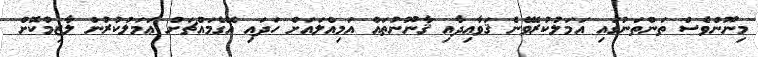
މިނޫންވެސް ތަންތަނުގައި އަމަލުކުރެވޭނެ ޤަވާޢިދާއި ޤާނޫނުތައް އަމިއްލައަށް ހަދައި އޭގެމައްޗަށް ޢަމަލުކުރުން ލާޒިމުކޮށް